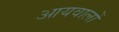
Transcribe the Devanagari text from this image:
आयवालों